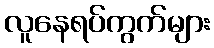
လူနေရပ်ကွက်များ